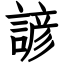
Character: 諺